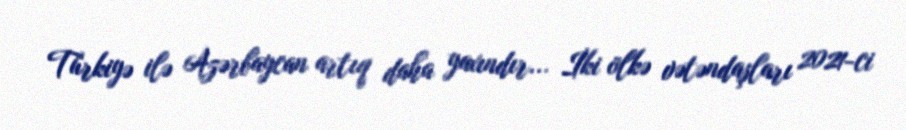
Türkiyə ilə Azərbaycan artıq daha yaxındır... İki ölkə vətəndaşları 2021-ci